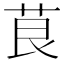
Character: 茛